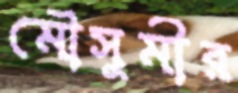
মৌসুমীর